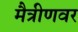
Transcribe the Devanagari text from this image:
मैत्रीणवर